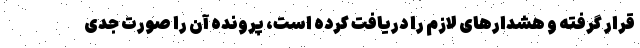
قرار گرفته و هشدارهای لازم را دریافت کرده است، پرونده آن را صورت جدی